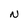
Character: N